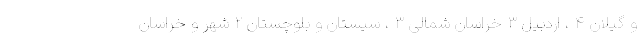
و گیلان ۴ ، اردبیل ۳ خراسان شمالی ۳ ، سیستان و بلوچستان ۲ شهر و خراسان